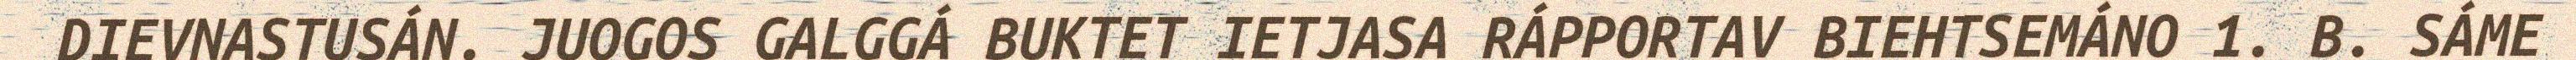
DIEVNASTUSÁN. JUOGOS GALGGÁ BUKTET IETJASA RÁPPORTAV BIEHTSEMÁNO 1. B. SÁME